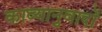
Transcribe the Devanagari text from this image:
काव्यानुवादों